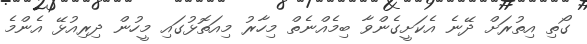
ގޯތި އިތުރަށް ދޭނެ އެކަށީގެންވާ ބިމެއްނެތް މިހާރު މިއަތޮޅުގައި މީހުން ދިރިއުޅޭ އެންމެ